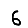
Digit: 6